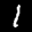
Label: 1